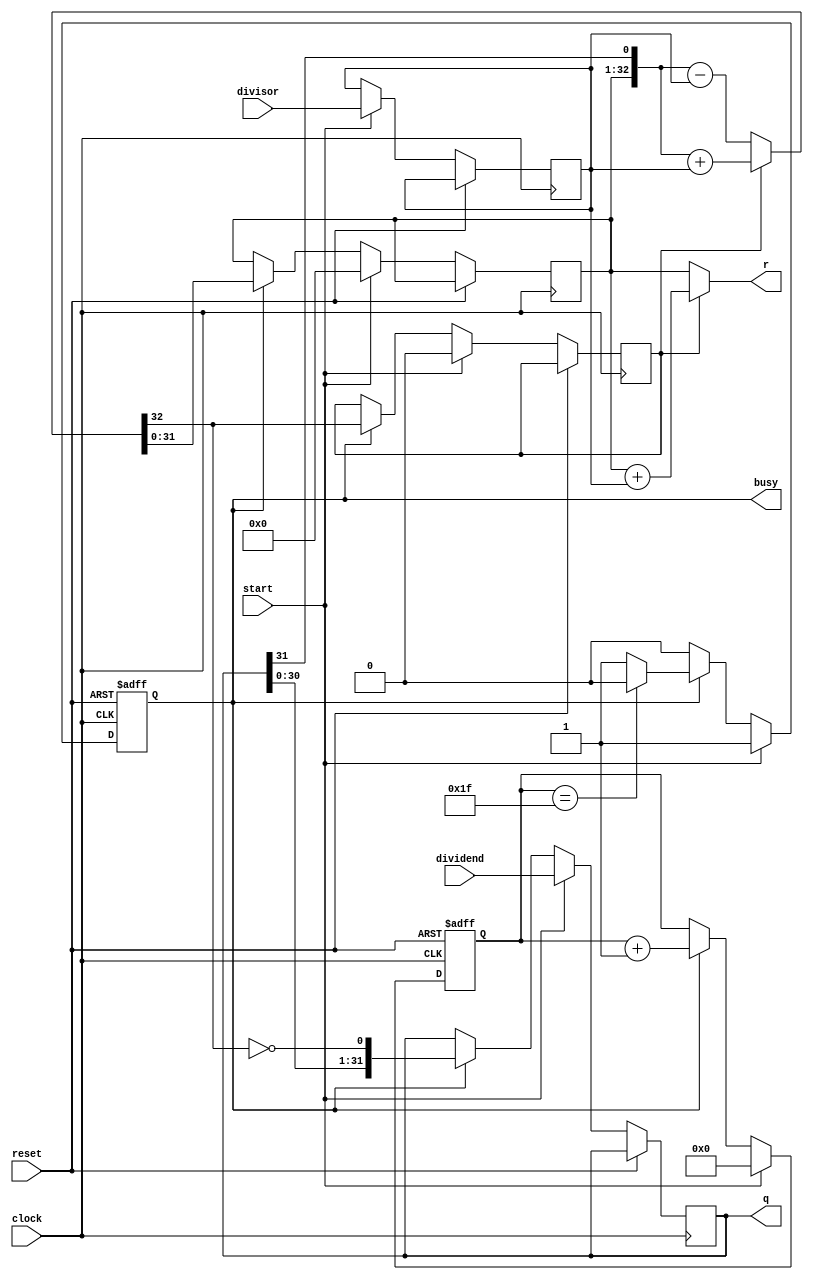
`timescale 1ns / 1ps
//////////////////////////////////////////////////////////////////////////////////
// Company: 
// Engineer: 
// 
// Design Name: 
// Module Name: DIVU
// Project Name: 
// Target Devices: 
// Tool Versions: 
// Description: 
// 
// Dependencies: 
// 
// Revision:
// Revision 0.01 - File Created
// Additional Comments:
// 
//////////////////////////////////////////////////////////////////////////////////


module DIVU(
    input [31:0] dividend,//
    input [31:0] divisor,//
    input start,//
    input clock,
    input reset,
    output [31:0] q,//
    output [31:0] r,//
    output reg busy //
    );
    reg [4:0] count;
    reg [31:0] reg_q;
    reg [31:0] reg_r;
    reg [31:0] reg_b;
    reg r_sign;
    //
    wire [32:0] sub_add = r_sign ? ( {reg_r,q[31]} + {1'b0,reg_b} ) : ( {reg_r,q[31]} - {1'b0,reg_b} );
    assign r = r_sign ? reg_r + reg_b : reg_r;
    assign q = reg_q;
    always@(posedge clock or posedge reset)
    begin
         if(reset==1)
         begin
             count<=5'b0;
             busy<=0;            
         end
         else
         begin    
             if(start)
             begin
                 reg_r<=32'b0;
                 r_sign<=0;
                 reg_q<=dividend;
                 reg_b<=divisor;
                 count<=5'b0;
                 busy<=1'b1;
             end
             else if(busy)
             begin
                 reg_r<=sub_add[31:0];
                 r_sign<=sub_add[32];
                 reg_q<={reg_q[30:0],~sub_add[32]};
                 count<=count+5'b1;
                 if(count==5'b11111)
                 begin busy<=0; end
             end
         end
    end
endmodule